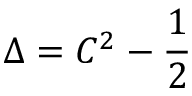
\Delta = C ^ { 2 } - { \frac { 1 } { 2 } }